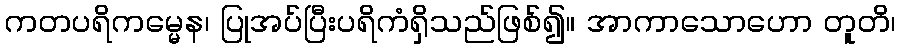
ကတပရိကမ္မေန၊ ပြုအပ်ပြီးပရိကံရှိသည်ဖြစ်၍။ အာကာသောဟော တူတိ၊